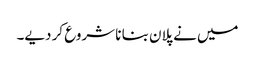
میں نے پلان بنا نا شروع کر دیے۔